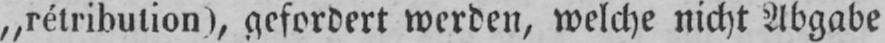
„rétribution), gefordert werden, welche nicht Abgabe